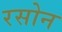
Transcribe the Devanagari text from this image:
रसोन